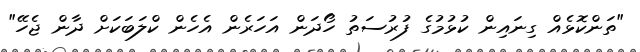
"ތަންކޮޅެއް ގިނައިން ކުޅުމުގެ ފުރުސަތު ހޯދަން އަހަރެން އެހެން ކްލަބަކަށް ދާން ޖެހޭ"